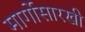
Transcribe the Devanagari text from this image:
मार्गोसारखी